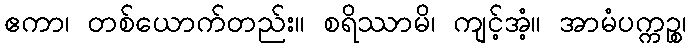
ဧကာ၊ တစ်ယောက်တည်း။ စရိဿာမိ၊ ကျင့်အံ့။ အာမံပက္ကဉ္စ၊